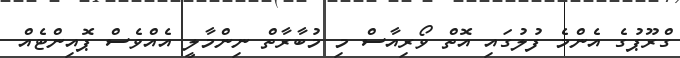
ގްރޫޕުގެ އެންމެ ފުލުގައި އޮތް ވޯރިއާސް މި މުބާރާތް ނިންމާލީ އެއްވެސް ޕޮއިންޓެއް